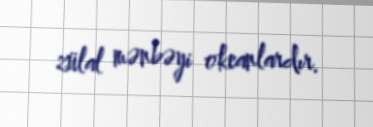
zülal mənbəyi okeanlardır.